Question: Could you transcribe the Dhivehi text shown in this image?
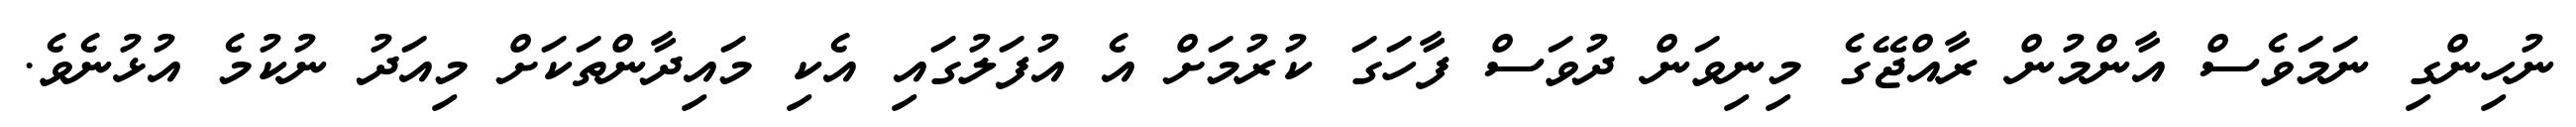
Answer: ނުހިންގި ނަމަވެސް އާންމުން ރާއްޖޭގެ މިނިވަން ދުވަސް ފާހަގަ ކުރުމަށް އެ އުފަލުގައި އެކި މައިދާންތަކަށް މިއަދު ނުކުމެ އުޅުނެވެ.